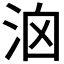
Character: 𣳦